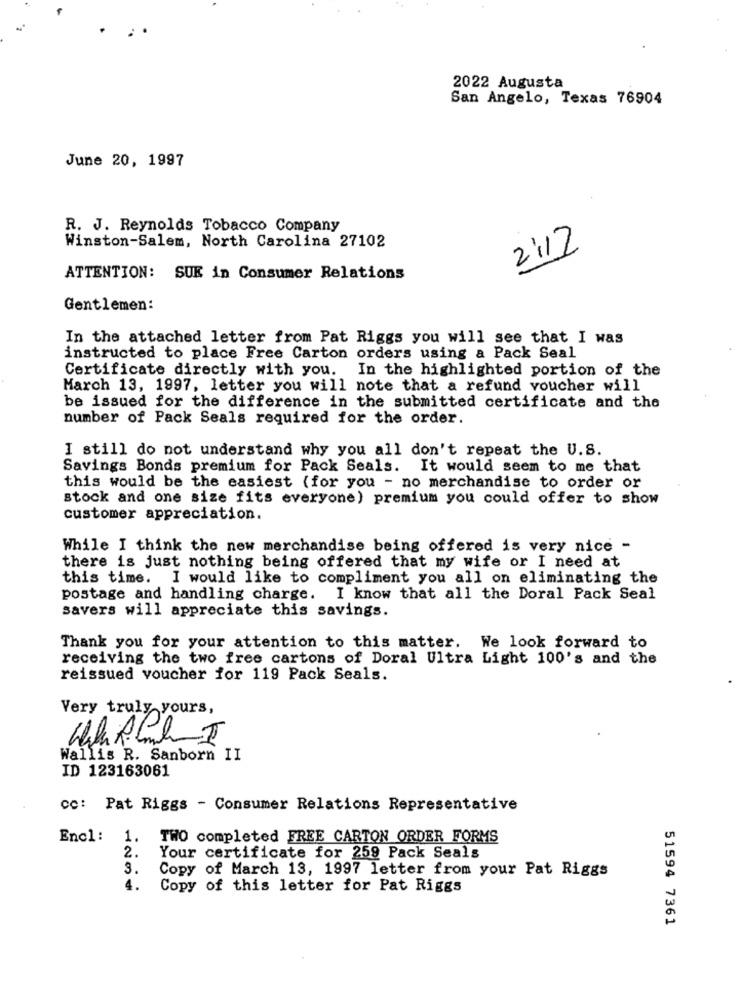
2022 Augusta
San Angelo, Texas 76904
June 20, 1997
R. J. Reynolds Tobacco Company
Winston-Salem, North Carolina 27102
2:17
ATTENTION: SUR in Consumer Relations
Gentlemen:
In the attached letter from Pat Riggs you will see that I was
instructed to place Free Carton orders using a Pack Seal
Certificate directly with you. In the highlighted portion of the
March 13, 1997, letter you will note that a refund voucher will
be issued for the difference in the submitted certificate and the
number of Pack Seals required for the order.
I still do not understand why you all don't repeat the U.S.
Savings Bonds premium for Pack Seals. It would seem to me that
this would be the easiest (for you - no merchandise to order or
stock and one size fits everyone) premium you could offer to show
customer appreciation.
While I think the new merchandise being offered is very nice -
there is just nothing being offered that my wife or I need at
this time. I would like to compliment you all on eliminating the
postage and handling charge. I know that all the Doral Pack Seal
savers will appreciate this savings.
Thank you for your attention to this matter. We look forward to
receiving the two free cartons of Doral Ultra Light 100's and the
reissued voucher for 119 Pack Seals.
Very truly yours,
Wallis R. Sanborn II
ID 123163061
cc: Pat Riggs - Consumer Relations Representative
Encl:
1.
TWO completed FREE CARTON ORDER FORMS
2.
Your certificate for 259 Pack Seals
3.
Copy of March 13, 1997 letter from your Pat Riggs
4.
Copy of this letter for Pat Riggs
51594 7361